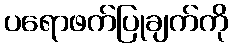
ပရောဖက်ပြုချက်ကို